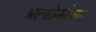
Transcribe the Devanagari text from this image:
अल्फोन्सोच्या